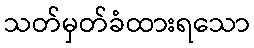
သတ်မှတ်ခံထားရသော